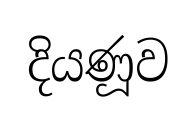
දියණූව